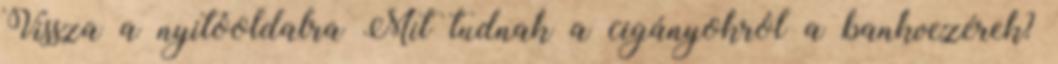
Vissza a nyitóoldalra Mit tudnak a cigányokról a bankvezérek?